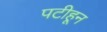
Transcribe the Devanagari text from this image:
पटीहून